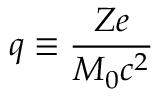
q \equiv \frac { Z e } { M _ { 0 } c ^ { 2 } }